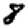
Digit: 8